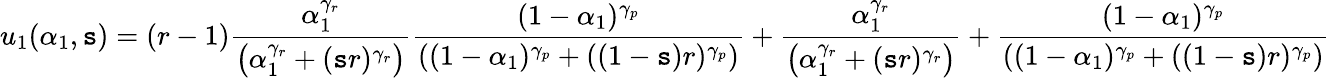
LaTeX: u_{1}(\alpha_{1},\mathtt{s})=(r-1)\frac{{\alpha_{1}^{\gamma_{r}}}}{{\left(\alpha_{1}^{\gamma_{r}}+(\mathtt{s}r)^{\gamma_{r}}\right)}}\frac{{(1-\alpha_{1})^{\gamma_{p}}}}{{\left((1-\alpha_{1})^{\gamma_{p}}+((1-\mathtt{s})r)^{\gamma_{p}}\right)}}+\frac{{\alpha_{1}^{\gamma_{r}}}}{{\left(\alpha_{1}^{\gamma_{r}}+(\mathtt{s}r)^{\gamma_{r}}\right)}}+\frac{{(1-\alpha_{1})^{\gamma_{p}}}}{{\left((1-\alpha_{1})^{\gamma_{p}}+((1-\mathtt{s})r)^{\gamma_{p}}\right)}}